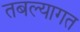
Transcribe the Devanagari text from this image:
तबल्यागत